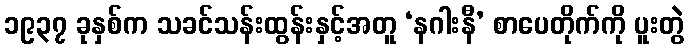
၁၉၃၇ ခုနှစ်က သခင်သန်းထွန်းနှင့်အတူ ‘နဂါးနီ’ စာပေတိုက်ကို ပူးတွဲ